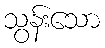
သွန်းသော